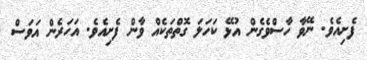
ފެށިއެވެ. ނޭވާ ހާސްވެގެން އުޅޭ ކަހަލަ ގޮތްތަކެއް ވާން ފެށިއެވެ. އަހަރެން އަވަސް